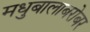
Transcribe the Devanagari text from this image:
मधुबालाबरोबर